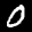
Label: 0